Vaccination North-Western Provinces and Oudh 1896-1901 - 1896-1901
Year: 1896
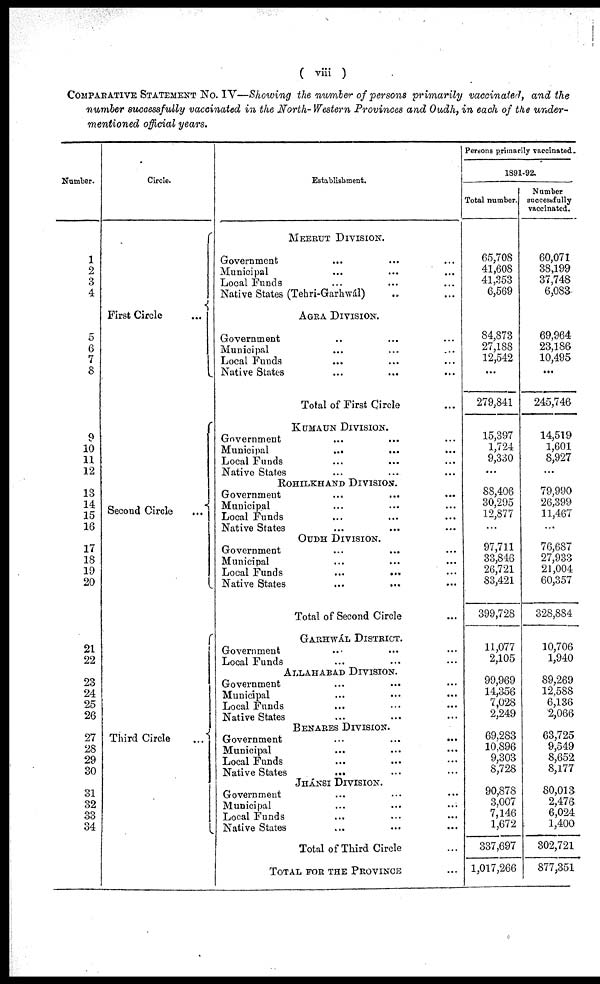
( viii )
COMPARATIVE STATEMENT No. IV—Showing the number of persons primarily vaccinated, and the
number successfully vaccinated in the North- Western Provinces and Oudh, in each of the under-
mentioned official years.
Number.
1
2
3
4
5
6
7
8
9
10
11
12
13
14
15
16
17
18
19
20
21
22
23
24
25
26
27
28
29
30
31
32
33
34
Circle.
First Circle
Second Circle
...
Third Circle ...
Establishment.
MEERUT DIVISION.
Government ... ... ...
Municipal ... ... ...
Local Funds ... ... ...
Native States (Tehri-Garhwál) ... ... ...
AGRA DIVISION.
Government ... ... ...
Municipal ... ... ...
Local Funds ... ... ...
Native States ... ... ...
Total of First Circle ...
KUMAUN DIVISION.
Government ... ... ...
Municipal
...
...
...
Local Funds ... ... ...
Native States ... ... ...
ROHILKHAND DIVISION.
Government ... ... ...
Municipal ... ... ...
Local Funds ... ... ...
Native States ... ... ...
OUDH DIVISION.
Government ... ... ...
Municipal ... ... ...
Local Funds
...
...
...
Native States ... ... ...
Total of Second Circle ...
GARHWAL DISTRICT.
Government ... ... ...
Local Funds ... ... ...
ALLAHABAD DIVISION.
Government ... ... ...
Municipal ... ... ...
Local Funds ... ... ...
Native States ... ... ...
BENARES DIVISION.
Government
...
...
...
Municipal ... ... ...
Local Funds ... ... ...
Native States ... ... ...
JHÁNSI DIVISION.
Government ... ... ...
Municipal ... ... ...
Local Funds ... ...
Native States ... ...
Total of Third Circle ...
TOTAL FOR THE PROVINCE ...
Persons primarily vaccinated.
1891-92.
Total number.
65,708
41,608
41,353
6,569
84,873
27,188
12,542
...
279,841
15,397
1,724
9,330
...
88,406
30,295
12,877
...
97,711
33,846
26,721
83,421
399,728
11,077
2,105
99,969
14,356
7,028
2,249
69,283
10,896
9,303
8,728
90,878
3,007
7,146
1,672
337,697
1,017,266
Number
successfully
vaccinated.
60,071
38,199
37,748
6,083
69,964
23,186
10,495
...
245,746
14,519
1,601
8,927
...
79,990
26,399
11,467
...
76,687
27,933
21,004
60,357
328,884
10,706
1,940
89,269
12,588
6,136
2,066
63,725
9,549
8,652
8,177
80,013
2,476
6,024
1,400
302,721
877,351